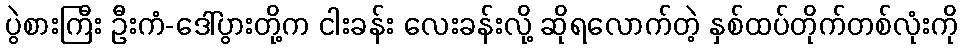
ပွဲစားကြီး ဦးကံ-ဒေါ်ပွားတို့က ငါးခန်း လေးခန်းလို့ ဆိုရလောက်တဲ့ နှစ်ထပ်တိုက်တစ်လုံးကို